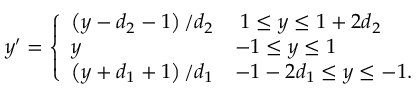
\begin{array} { r } { y ^ { \prime } = \left\{ \begin{array} { l l } { \left( y - d _ { 2 } - 1 \right) / { d _ { 2 } } } & { \; 1 \leq y \leq 1 + 2 d _ { 2 } } \\ { y } & { - 1 \leq y \leq 1 } \\ { \left( y + d _ { 1 } + 1 \right) / { d _ { 1 } } } & { - 1 - 2 d _ { 1 } \leq y \leq - 1 . } \end{array} \right. } \end{array}